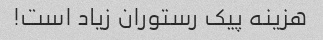
هزینه پیک رستوران زیاد است!